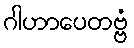
ဂါဟာပေတဗ္ဗံ